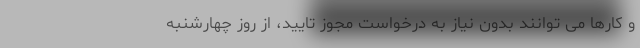
و کارها می توانند بدون نیاز به درخواست مجوز تایید، از روز چهارشنبه